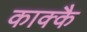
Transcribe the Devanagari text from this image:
काक्कै